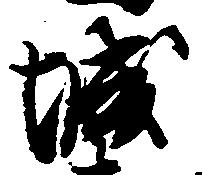
城